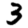
Digit: 3